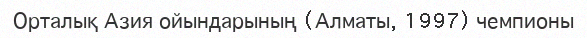
Орталық Азия ойындарының (Алматы, 1997) чемпионы